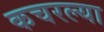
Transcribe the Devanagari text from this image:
कचरल्या